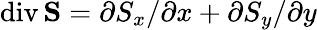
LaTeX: \mathrm{div}\, \mathbf{S}=\partial S_{x}/\partial x+\partial S_{y}/\partial y